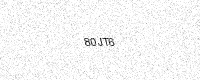
Text: 80JT6